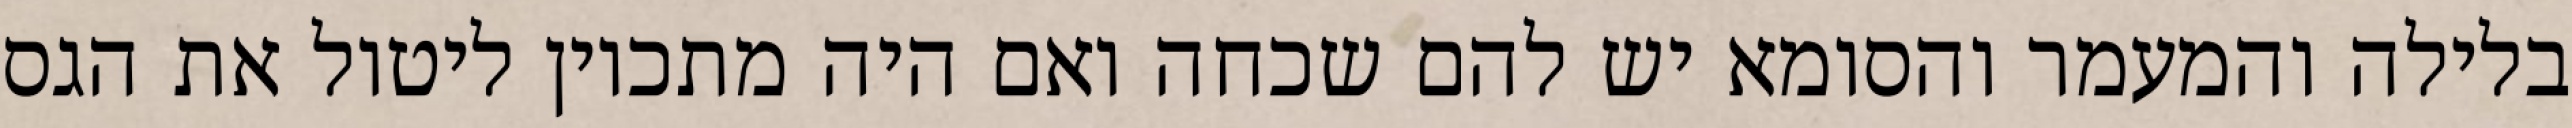
בלילה והמעמר והסומא יש להם שכחה ואם היה מתכוין ליטול את הגס